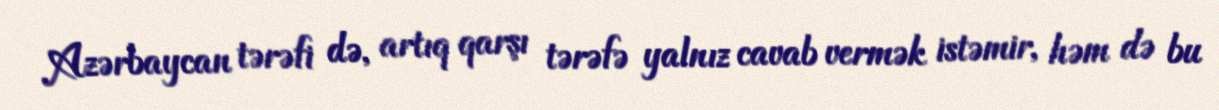
Azərbaycan tərəfi də, artıq qarşı tərəfə yalnız cavab vermək istəmir, həm də bu